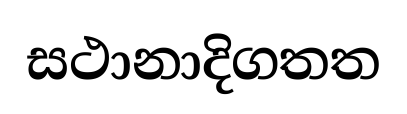
සථානාදිගතත